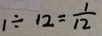
1 \div 1 2 = \frac { 1 } { 1 2 }